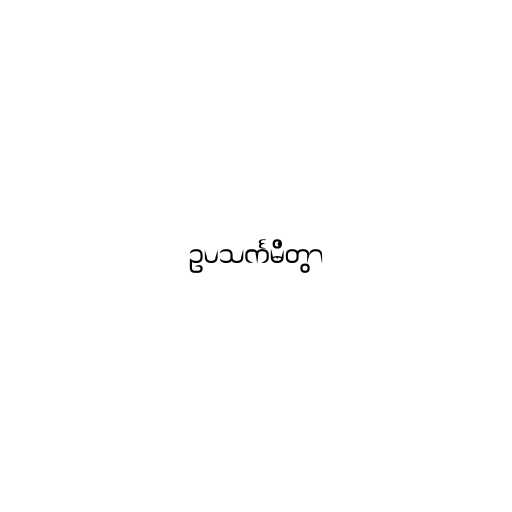
ဥပသင်္ကမိတွာ